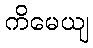
ကိမေယျ